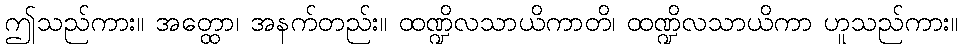
ဤသည်ကား။ အတ္ထော၊ အနက်တည်း။ ထဏ္ဍိလသာယိကာတိ၊ ထဏ္ဍိလသာယိကာ ဟူသည်ကား။